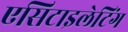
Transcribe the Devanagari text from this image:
एसिटाइलेटिंग